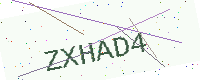
Text: ZXHAD4